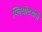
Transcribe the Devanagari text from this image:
प्लियोटरोपी